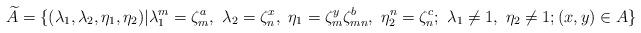
LaTeX: \begin{align*}\widetilde{A}= \{(\lambda_1,\lambda_2,\eta_1,\eta_2)| \lambda_1^m=\zeta_m^a,\ \lambda_2=\zeta_n^x ,\ \eta_1=\zeta_m^y \zeta_{mn}^b,\ \eta_2^n=\zeta_n^c; \ \lambda_1 \ne 1, \ \eta_2\neq 1; (x,y)\in A\}\end{align*}